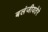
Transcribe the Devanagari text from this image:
बलंजीयतेरे